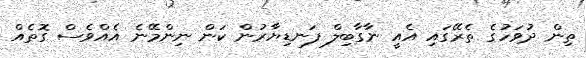
ތިން ދުވަހުގެ ތެރޭގައި އެއީ ނާގާބިލް ފަނޑިޔާރުން ކަން ނިންމޭނެ އެއްވެސް ގޮތެއް